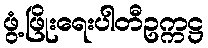
ဖွံ့ဖြိုးရေးပါတီဥက္ကဋ္ဌ